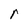
Character: r